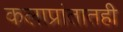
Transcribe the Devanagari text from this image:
कलाप्रांतातही